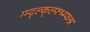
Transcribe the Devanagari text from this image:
ग्म्द्ल्क्ल्फ्भ्म्फश्र